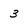
Character: 3